Leaving Certificate Examination, 1916
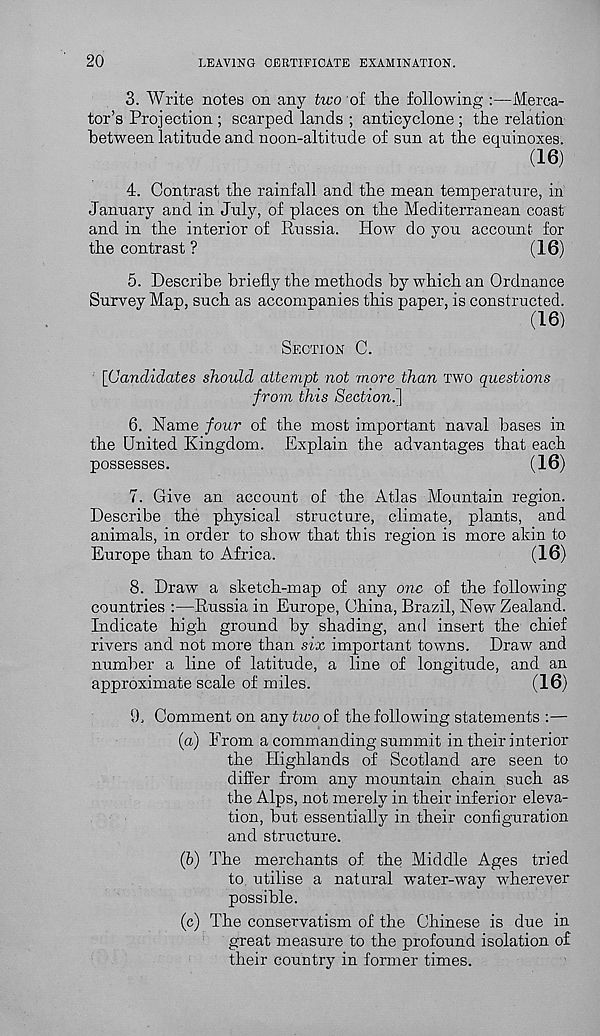
20
LEAVING CERTIFICATE EXAMINATION.
3. Write notes on any two of the following :—Merca-
tor’s Projection ; scarped lands ; anticyclone ; the relation
between latitude and noon-altitude of sun at the equinoxes.
(16)
4. Contrast the rainfall and the mean temperature, in
January and in July, of places on the Mediterranean coast
and in the interior of Russia. How do you account for
the contrast ?
(16)
5. Describe briefly the methods by which an Ordnance
Survey Map, such as accompanies this paper, is constructed.
(16)
SECTION C.
[Candidates should attempt not more than TWO questions
from this Section.]
6. Name four of the most important naval bases in
the United Kingdom. Explain the advantages that each
possesses.
(16)
7. Give an account of the Atlas Mountain region.
Describe the physical structure, climate, plants, and
animals, in order to show that this region is more akin to
Europe than to Africa.
(16)
8. Draw a sketch-map of any one of the following
countries :—Russia in Europe, China, Brazil, New Zealand.
Indicate high ground by shading, and insert the chief
rivers and not more than six important towns. Draw and
number a line of latitude, a line of longitude, and an
approximate scale of miles.
(16)
9. Comment on any two of the following statements :—
(a) From a commanding summit in their interior
the Highlands of Scotland are seen to
differ from any mountain chain such as
the Alps, not merely in their inferior eleva-
tion, but essentially in their configuration
and structure.
(b) The merchants of the Middle Ages tried
to utilise a natural water-way wherever
possible.
(c) The conservatism of the Chinese is due in
great measure to the profound isolation of
their country in former times.